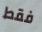
فقط